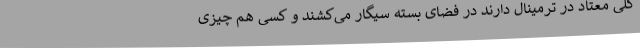
کلی معتاد در ترمینال دارند در فضای بسته سیگار می‌کشند و کسی هم چیزی